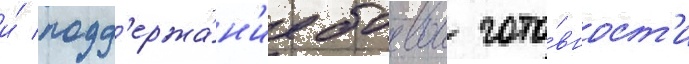
и́ подд'ержа́н'ие боевои гото́вност'и